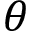
\theta